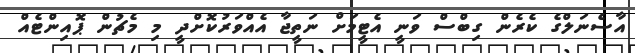
އާސެނަލްގެ ކެރެން ގިބްސް ވަނީ އެޓީމަށް ނަތީޖާ އެއްވަރުކޮށްދީ މި މެޗުން ޕޮއިންޓެއް